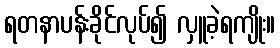
ရတနာပန်းခိုင်လုပ်၍ လှူခဲ့ရကျိုး။